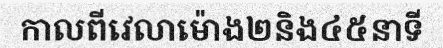
កាលពីវេលាម៉ោង២និង៤៥នាទី